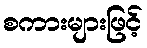
စကားများဖြင့်